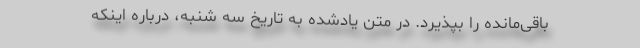
باقی‌مانده را بپذیرد. در متن یادشده به تاریخ سه شنبه، درباره اینکه